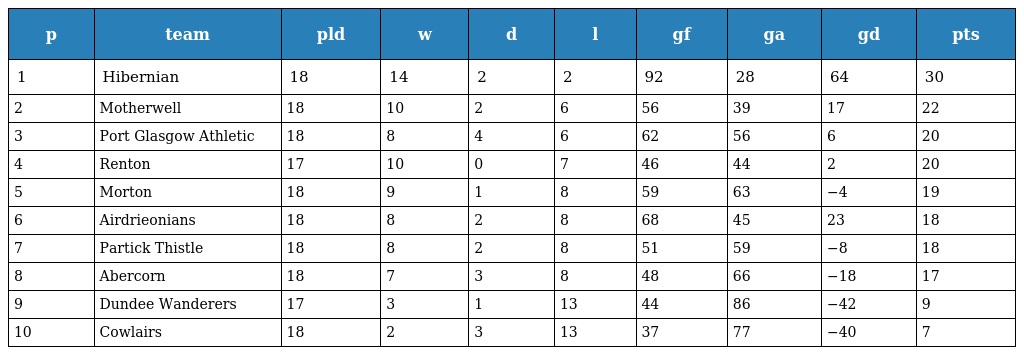
| p | team | pld | w | d | l | gf | ga | gd | pts |
 | --- | --- | --- | --- | --- | --- | --- | --- | --- | --- |
 | 1 | Hibernian | 18 | 14 | 2 | 2 | 92 | 28 | 64 | 30 |
 | 2 | Motherwell | 18 | 10 | 2 | 6 | 56 | 39 | 17 | 22 |
 | 3 | Port Glasgow Athletic | 18 | 8 | 4 | 6 | 62 | 56 | 6 | 20 |
 | 4 | Renton | 17 | 10 | 0 | 7 | 46 | 44 | 2 | 20 |
 | 5 | Morton | 18 | 9 | 1 | 8 | 59 | 63 | −4 | 19 |
 | 6 | Airdrieonians | 18 | 8 | 2 | 8 | 68 | 45 | 23 | 18 |
 | 7 | Partick Thistle | 18 | 8 | 2 | 8 | 51 | 59 | −8 | 18 |
 | 8 | Abercorn | 18 | 7 | 3 | 8 | 48 | 66 | −18 | 17 |
 | 9 | Dundee Wanderers | 17 | 3 | 1 | 13 | 44 | 86 | −42 | 9 |
 | 10 | Cowlairs | 18 | 2 | 3 | 13 | 37 | 77 | −40 | 7 |